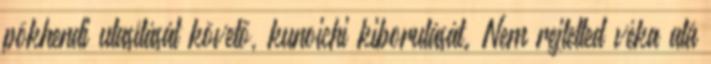
pökhendi utasítását követő, kunoichi kiborulását. Nem rejtetted véka alá